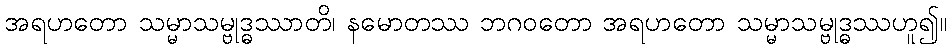
အရဟတော သမ္မာသမ္ဗုဒ္ဓဿာတိ၊ နမောတဿ ဘဂဝတော အရဟတော သမ္မာသမ္ဗုဒ္ဓဿဟူ၍။